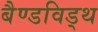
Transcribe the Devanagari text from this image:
बैण्डविड्थ